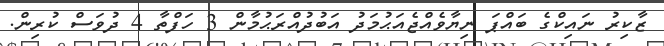
ޒާކިރު ނައިކްގެ ބައްޕަ ނިޔާވެއްޖެއަޙުމަދު އަބުދުއްރަޙުމާން 3 ހަފްތާ 4 ދުވަސް ކުރިން.